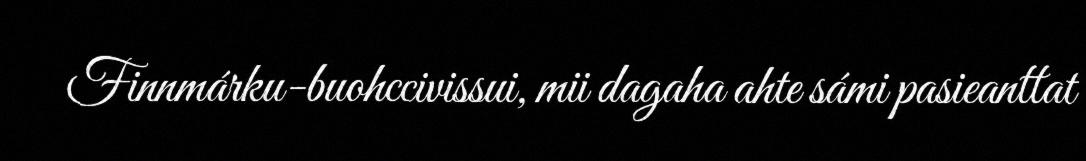
Finnmárku-buohccivissui, mii dagaha ahte sámi pasieanttat